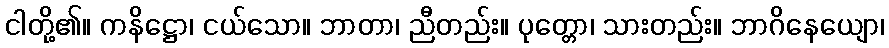
ငါတို့၏။ ကနိဋ္ဌော၊ ငယ်သော။ ဘာတာ၊ ညီတည်း။ ပုတ္တော၊ သားတည်း။ ဘာဂိနေယျော၊